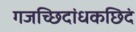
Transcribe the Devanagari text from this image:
गजच्छिदांधकछिदं